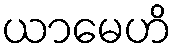
ယာမေဟိ